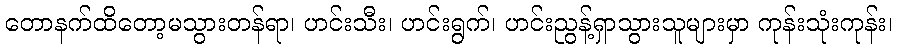
တောနက်ထိတော့မသွားတန်ရာ၊ ဟင်းသီး၊ ဟင်းရွက်၊ ဟင်းညွန့်ရှာသွားသူများမှာ ကုန်းသုံးကုန်း၊